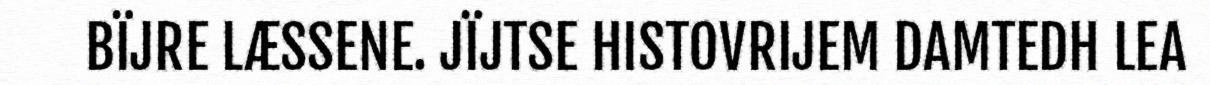
BÏJRE LÆSSENE. JÏJTSE HISTOVRIJEM DAMTEDH LEA